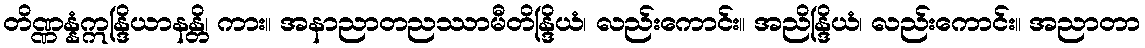
တိဏ္ဏန္နံဣန္ဒြိယာနန္တိ၊ ကား။ အနာညာတညဿာမီတိန္ဒြိယံ၊ လည်းကောင်း။ အညိန္ဒြိယံ၊ လည်းကောင်း။ အညာတာ